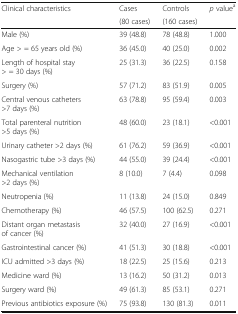
<table><thead><tr><td rowspan="2"><b>Clinical characteristics</b></td><td><b>Cases</b></td><td><b>Controls</b></td><td rowspan="2"><b><i>p</i> value<sup>a</sup></b></td></tr><tr><td><b>(80 cases)</b></td><td><b>(160 cases)</b></td></tr></thead><tbody><tr><td>Male (%)</td><td>39 (48.8)</td><td>78 (48.8)</td><td>1.000</td></tr><tr><td>Age &gt; = 65 years old (%)</td><td>36 (45.0)</td><td>40 (25.0)</td><td>0.002</td></tr><tr><td>Length of hospital stay &gt; = 30 days (%)</td><td>25 (31.3)</td><td>36 (22.5)</td><td>0.158</td></tr><tr><td>Surgery (%)</td><td>57 (71.2)</td><td>83 (51.9)</td><td>0.005</td></tr><tr><td>Central venous catheters &gt;7 days (%)</td><td>63 (78.8)</td><td>95 (59.4)</td><td>0.003</td></tr><tr><td>Total parenteral nutrition &gt;5 days (%)</td><td>48 (60.0)</td><td>23 (18.1)</td><td>&lt;0.001</td></tr><tr><td>Urinary catheter &gt;2 days (%)</td><td>61 (76.2)</td><td>59 (36.9)</td><td>&lt;0.001</td></tr><tr><td>Nasogastric tube &gt;3 days (%)</td><td>44 (55.0)</td><td>39 (24.4)</td><td>&lt;0.001</td></tr><tr><td>Mechanical ventilation &gt;2 days (%)</td><td>8 (10.0)</td><td>7 (4.4)</td><td>0.098</td></tr><tr><td>Neutropenia (%)</td><td>11 (13.8)</td><td>24 (15.0)</td><td>0.849</td></tr><tr><td>Chemotherapy (%)</td><td>46 (57.5)</td><td>100 (62.5)</td><td>0.271</td></tr><tr><td>Distant organ metastasis of cancer (%)</td><td>32 (40.0)</td><td>27 (16.9)</td><td>&lt;0.001</td></tr><tr><td>Gastrointestinal cancer (%)</td><td>41 (51.3)</td><td>30 (18.8)</td><td>&lt;0.001</td></tr><tr><td>ICU admitted &gt;3 days (%)</td><td>18 (22.5)</td><td>25 (15.6)</td><td>0.213</td></tr><tr><td>Medicine ward (%)</td><td>13 (16.2)</td><td>50 (31.2)</td><td>0.013</td></tr><tr><td>Surgery ward (%)</td><td>49 (61.3)</td><td>85 (53.1)</td><td>0.271</td></tr><tr><td>Previous antibiotics exposure (%)</td><td>75 (93.8)</td><td>130 (81.3)</td><td>0.011</td></tr></tbody></table>